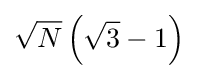
{\sqrt {N}}\left({\sqrt {3}}-1\right)